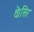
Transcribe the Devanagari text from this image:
थे।सिर